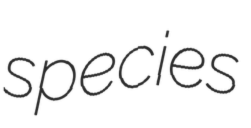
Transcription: species